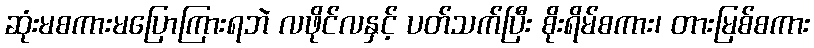
ဆုံးမစကားမပြောကြားရဘဲ လဖိုင်လနှင့် ပတ်သက်ပြီး စိုးရိမ်စကား၊ တားမြစ်စကား